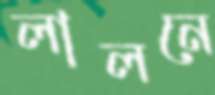
লালনে